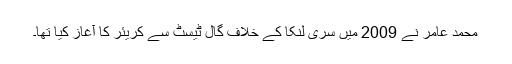
محمد عامر نے 2009 میں سری لنکا کے خلاف گال ٹیسٹ سے کریئر کا آغاز کیا تھا۔